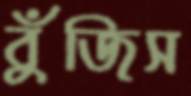
বুঁজিস